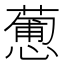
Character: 𢣋